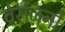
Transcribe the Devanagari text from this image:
वेर्राज़नो